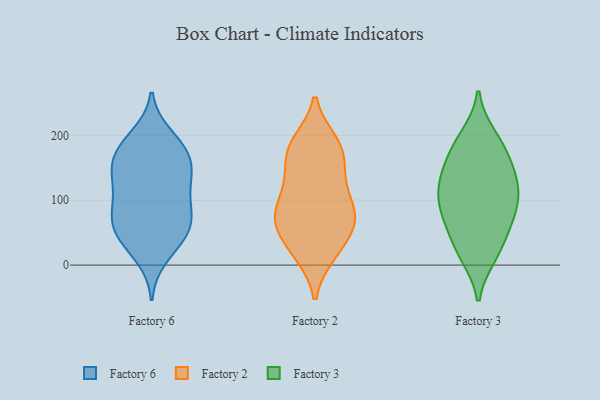
{"axis": {"x": "Humidity (%)", "y": "Value"}, "legend": ["Factory 2", "Factory 3", "Factory 6"], "data": [{"x": "", "y": 170, "type": "Factory 6"}, {"x": "", "y": 13, "type": "Factory 6"}, {"x": "", "y": 148, "type": "Factory 6"}, {"x": "", "y": 80, "type": "Factory 6"}, {"x": "", "y": 185, "type": "Factory 6"}, {"x": "", "y": 166, "type": "Factory 6"}, {"x": "", "y": 74, "type": "Factory 6"}, {"x": "", "y": 114, "type": "Factory 6"}, {"x": "", "y": 41, "type": "Factory 6"}, {"x": "", "y": 142, "type": "Factory 6"}, {"x": "", "y": 54, "type": "Factory 6"}, {"x": "", "y": 47, "type": "Factory 6"}, {"x": "", "y": 44, "type": "Factory 6"}, {"x": "", "y": 89, "type": "Factory 6"}, {"x": "", "y": 138, "type": "Factory 6"}, {"x": "", "y": 199, "type": "Factory 6"}, {"x": "", "y": 127, "type": "Factory 6"}, {"x": "", "y": 182, "type": "Factory 6"}, {"x": "", "y": 83, "type": "Factory 6"}, {"x": "", "y": 190, "type": "Factory 2"}, {"x": "", "y": 189, "type": "Factory 2"}, {"x": "", "y": 78, "type": "Factory 2"}, {"x": "", "y": 161, "type": "Factory 2"}, {"x": "", "y": 71, "type": "Factory 2"}, {"x": "", "y": 135, "type": "Factory 2"}, {"x": "", "y": 16, "type": "Factory 2"}, {"x": "", "y": 187, "type": "Factory 2"}, {"x": "", "y": 114, "type": "Factory 2"}, {"x": "", "y": 71, "type": "Factory 2"}, {"x": "", "y": 156, "type": "Factory 2"}, {"x": "", "y": 63, "type": "Factory 2"}, {"x": "", "y": 73, "type": "Factory 2"}, {"x": "", "y": 109, "type": "Factory 2"}, {"x": "", "y": 106, "type": "Factory 2"}, {"x": "", "y": 62, "type": "Factory 2"}, {"x": "", "y": 20, "type": "Factory 2"}, {"x": "", "y": 175, "type": "Factory 2"}, {"x": "", "y": 18, "type": "Factory 2"}, {"x": "", "y": 52, "type": "Factory 2"}, {"x": "", "y": 66, "type": "Factory 3"}, {"x": "", "y": 118, "type": "Factory 3"}, {"x": "", "y": 120, "type": "Factory 3"}, {"x": "", "y": 62, "type": "Factory 3"}, {"x": "", "y": 85, "type": "Factory 3"}, {"x": "", "y": 28, "type": "Factory 3"}, {"x": "", "y": 122, "type": "Factory 3"}, {"x": "", "y": 88, "type": "Factory 3"}, {"x": "", "y": 157, "type": "Factory 3"}, {"x": "", "y": 182, "type": "Factory 3"}, {"x": "", "y": 19, "type": "Factory 3"}, {"x": "", "y": 87, "type": "Factory 3"}, {"x": "", "y": 188, "type": "Factory 3"}, {"x": "", "y": 15, "type": "Factory 3"}, {"x": "", "y": 198, "type": "Factory 3"}, {"x": "", "y": 132, "type": "Factory 3"}, {"x": "", "y": 150, "type": "Factory 3"}]}